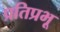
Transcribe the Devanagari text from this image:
प्रतिप्रभू